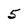
Character: 5